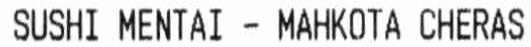
SUSHI MENTAI - NAHKOTA CHERAS